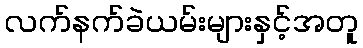
လက်နက်ခဲယမ်းများနှင့်အတူ